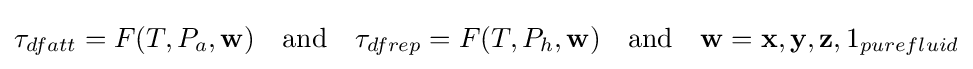
\tau _{dfatt}=F(T,P_{a},\mathbf {w} )\quad {\text{and}}\quad \tau _{dfrep}=F(T,P_{h},\mathbf {w} )\quad {\text{and}}\quad \mathbf {w} =\mathbf {x} ,\mathbf {y} ,\mathbf {z} ,1_{purefluid}